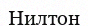
Нилтон